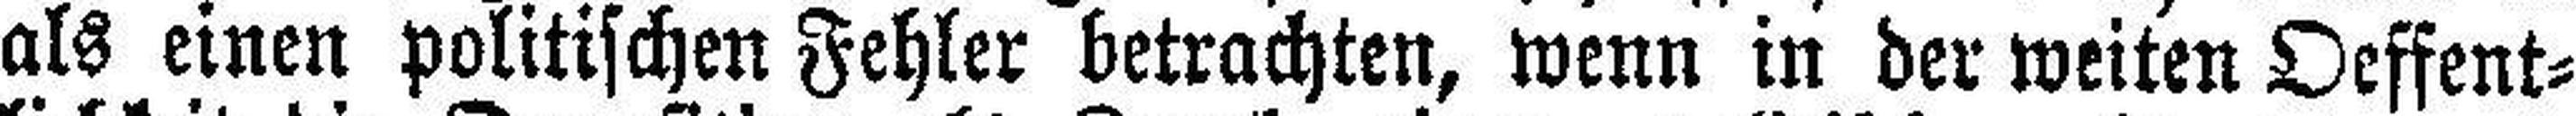
als einen politischen Fehler betrachten, wenn in der weiten Oeffent¬